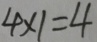
4 \times 1 = 4